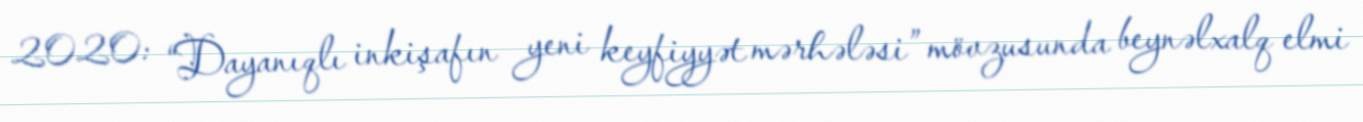
2020: “Dayanıqlı inkişafın yeni keyfiyyət mərhələsi” mövzusunda beynəlxalq elmi